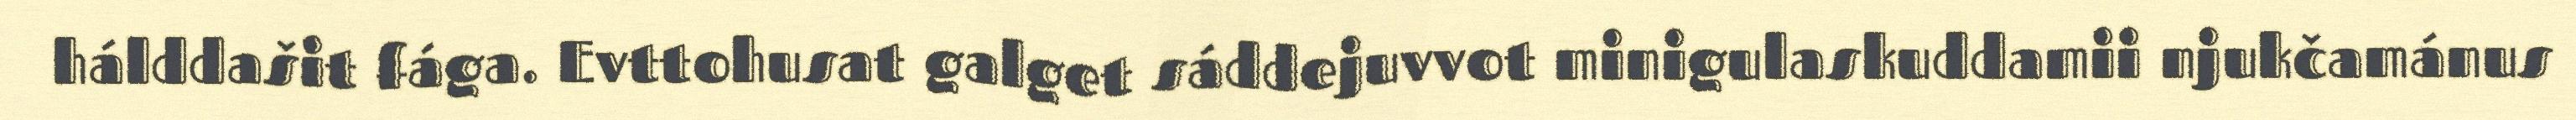
hálddašit fága. Evttohusat galget sáddejuvvot minigulaskuddamii njukčamánus